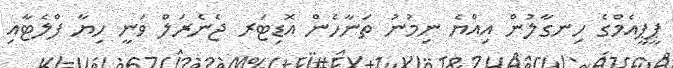
ޕީޕީއެމްގެ ހިނގާލުން އިއްޔެ ނިމުނު ތަނާހެން އޮޑިޓަރ ޖެނެރަލް ވަނީ ހިޔާ ފްލެޓާއި